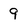
Character: 9